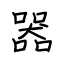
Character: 器